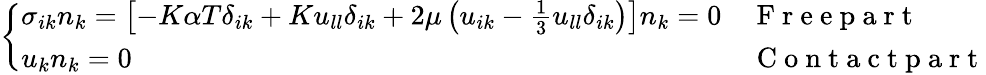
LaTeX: \left\{ \begin{array}{ll}{\sigma_{ik}n_{k}=\left[-K\alpha T\delta_{ik}+Ku_{ll}\delta_{ik}+2\mu\left(u_{ik}-\frac{1}{3}u_{ll}\delta_{ik}\right)\right]n_{k}=0}&{{\mathrm{~F~r~e~e~p~a~r~t~}}}\\ {u_{k}n_{k}=0}&{{\mathrm{~C~o~n~t~a~c~t~p~a~r~t~}}}\end{array}\right.